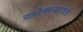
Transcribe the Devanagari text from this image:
खोक्ल्यावते